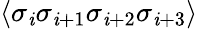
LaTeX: \langle\sigma_{\mathit{i}}\sigma_{\mathit{i}+1}\sigma_{\mathit{i}+2}\sigma_{\mathit{i}+3}\rangle